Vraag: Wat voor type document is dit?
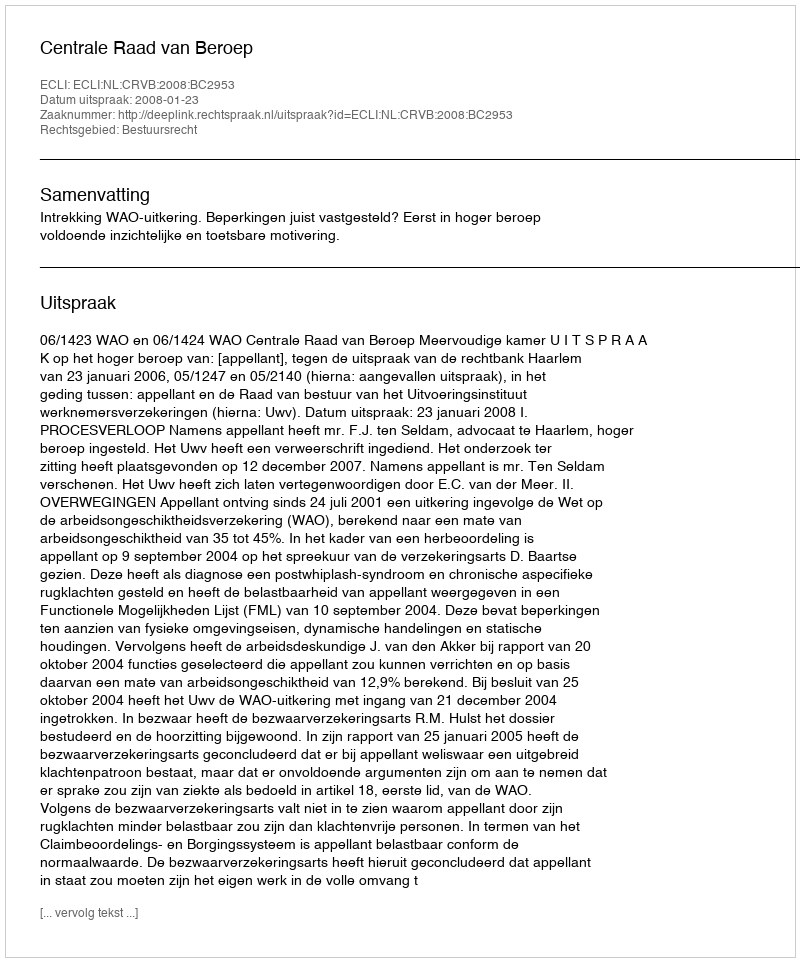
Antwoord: Uitspraak